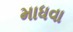
માધવા